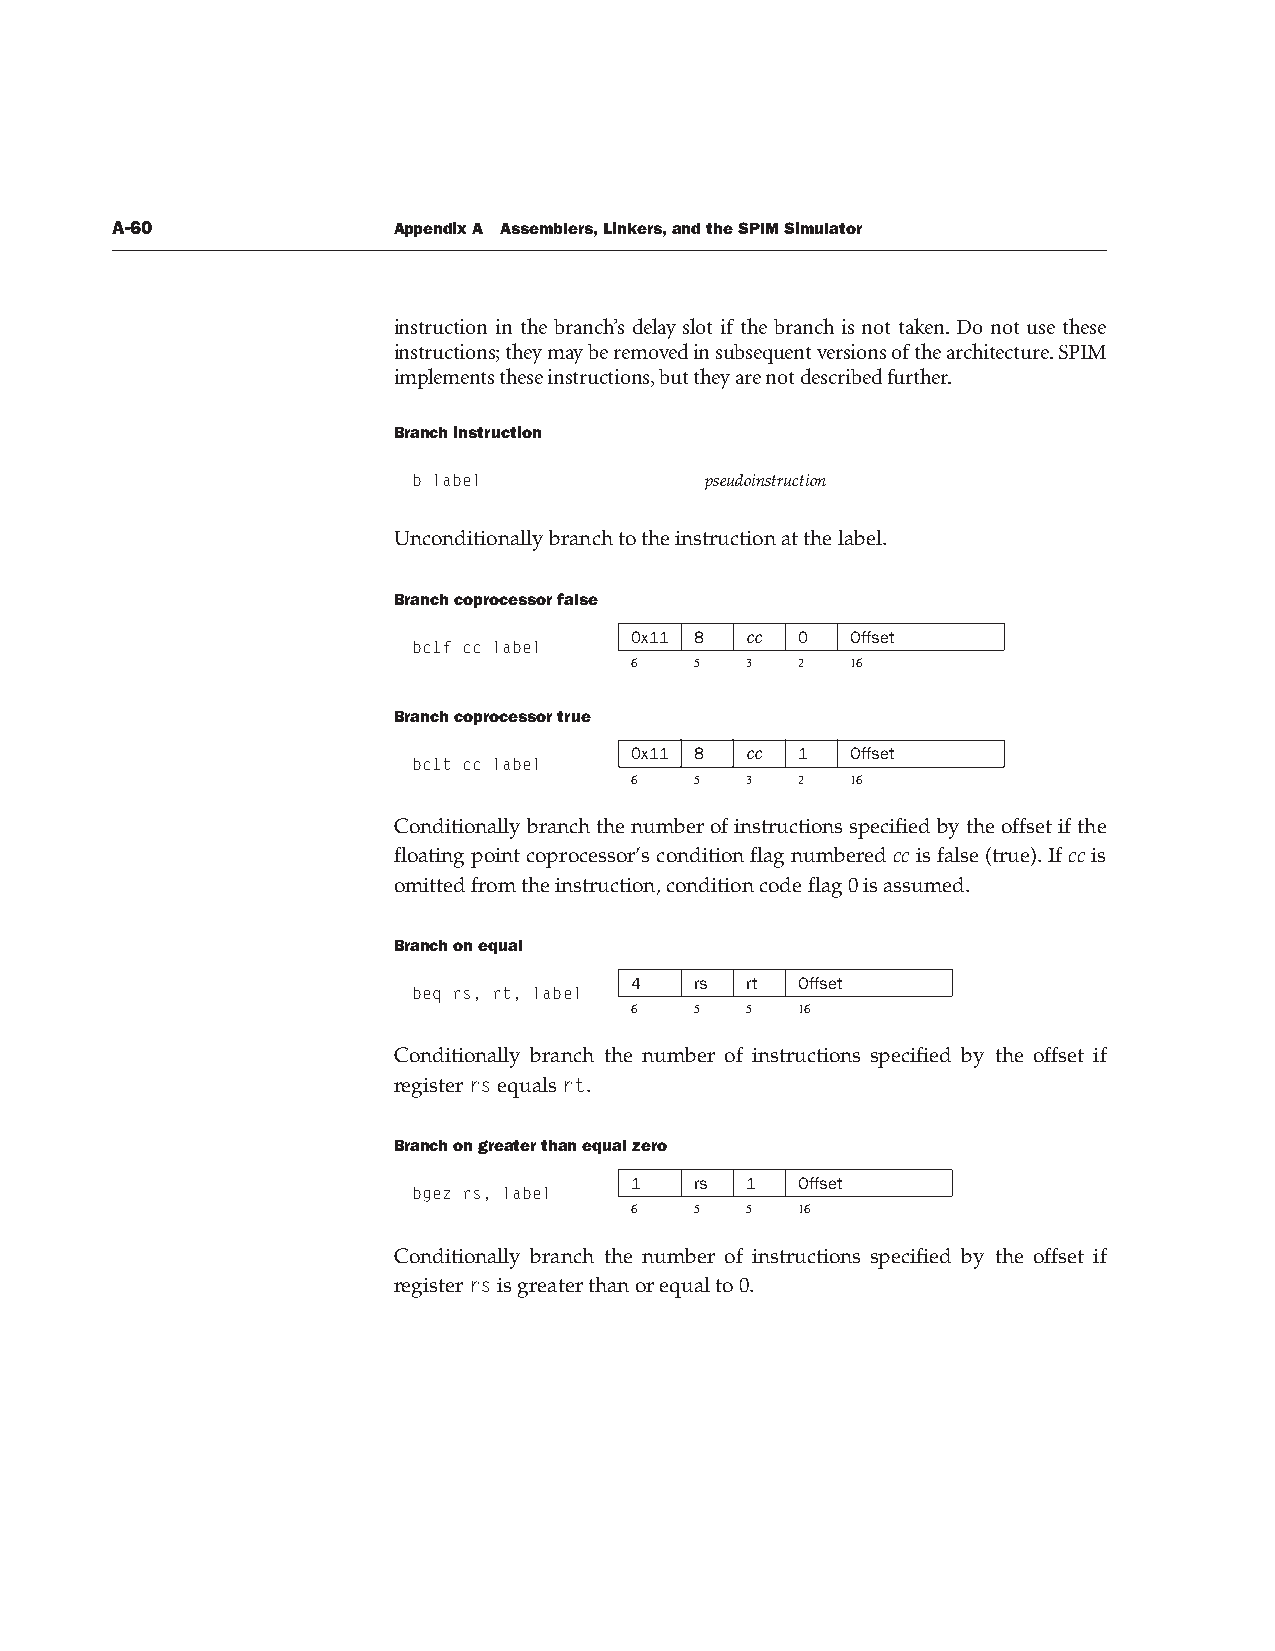
A-60               Appendix A Assemblers, Linkers, and the SPIM Simulator
 instruction in the branch’s delay slot if the branch is not taken. Do not use these
 instructions; they may be removed in subsequent versions of the architecture. SPIM
 implements these instructions, but they are not described further.
 Branch instruction
 b label             pseudoinstruction
 Unconditionally branch to the instruction at the label.
 Branch coprocessor false
 0x11 8 cc  0  Offset
 bc1f cc label
 6   5  3   2  16
 Branch coprocessor true
 0x11 8 cc  1  Offset
 bc1t cc label
 6   5  3   2  16
 Conditionally branch the number of instructions specified by the offset if the
 floating point coprocessor’s condition flag numbered cc is false (true). If cc is
 omitted from the instruction, condition code flag 0 is assumed.
 Branch on equal
 4   rs rt  Offset
 beq rs, rt, label
 6   5  5   16
 Conditionally branch the number of instructions specified by the offset if
 register rs equals rt.
 Branch on greater than equal zero
 1   rs 1   Offset
 bgez rs, label
 6   5  5   16
 Conditionally branch the number of instructions specified by the offset if
 register rs is greater than or equal to 0.